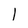
Character: 1